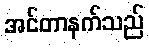
အင်တာနက်သည်